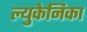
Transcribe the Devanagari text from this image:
ल्युकेनिका